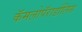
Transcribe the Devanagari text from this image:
कॅमलोपॅरार्डालिस